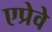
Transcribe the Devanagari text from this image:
एप्रेवे